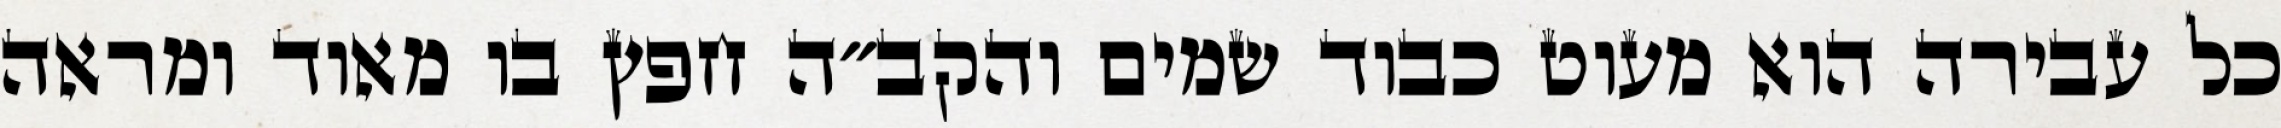
כל עבירה הוא מעוט כבוד שמים והקב״ה חפץ בו מאוד ומראה